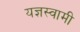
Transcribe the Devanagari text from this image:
यज्ञस्वामी